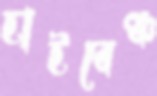
হাইবেঞ্চ